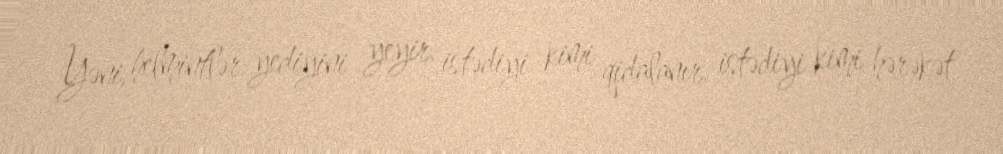
Yəni, helmintlər yediyini yeyir, istədiyi kimi qidalanır, istədiyi kimi hərəkət